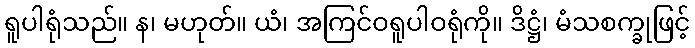
ရူပါရုံသည်။ န၊ မဟုတ်။ ယံ၊ အကြင်ဝရူပါဝရုံကို။ ဒိဋ္ဌံ၊ မံသစက္ခုဖြင့်